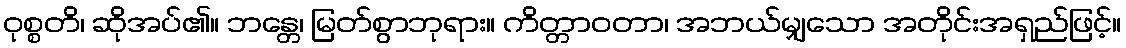
ဝုစ္စတိ၊ ဆိုအပ်၏။ ဘန္တေ၊ မြတ်စွာဘုရား။ ကိတ္တာဝတာ၊ အဘယ်မျှသော အတိုင်းအရှည်ဖြင့်။